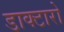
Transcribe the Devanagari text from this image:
डाक्टारो